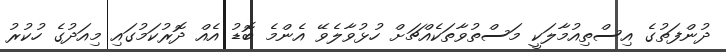
ދުންފަތުގެ އިސްތިއުމާލަކީ މަސްތުވާތަކެއްޗަށް ހުޅުވާލެވޭ އެންމެ ބޮޑު އެއް ދޮރުކަމުގައި މިއަދުގެ ހުކުރު